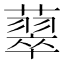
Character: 䕜